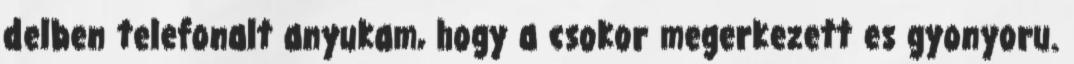
delben telefonalt anyukam, hogy a csokor megerkezett es gyonyoru.